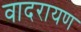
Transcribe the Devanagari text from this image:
वादरायण